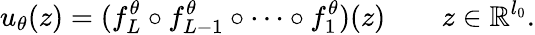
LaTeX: u_{\theta}(z)=(f_{L}^{\theta}\circ f_{L-1}^{\theta}\circ\cdots\circ f_{1}^{\theta})(z)\qquad z\in\mathbb{R}^{l_{0}}.